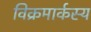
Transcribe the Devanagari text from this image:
विक्रमार्कस्य